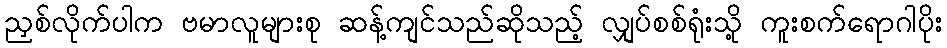
ညှစ်လိုက်ပါက ဗမာလူများစု ဆန့်ကျင်သည်ဆိုသည့် လျှပ်စစ်ရုံးသို့ ကူးစက်ရောဂါပိုး